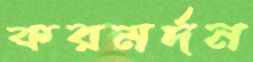
করমর্দন